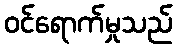
ဝင်ရောက်မှုသည်